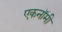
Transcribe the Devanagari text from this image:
एकनॉमी